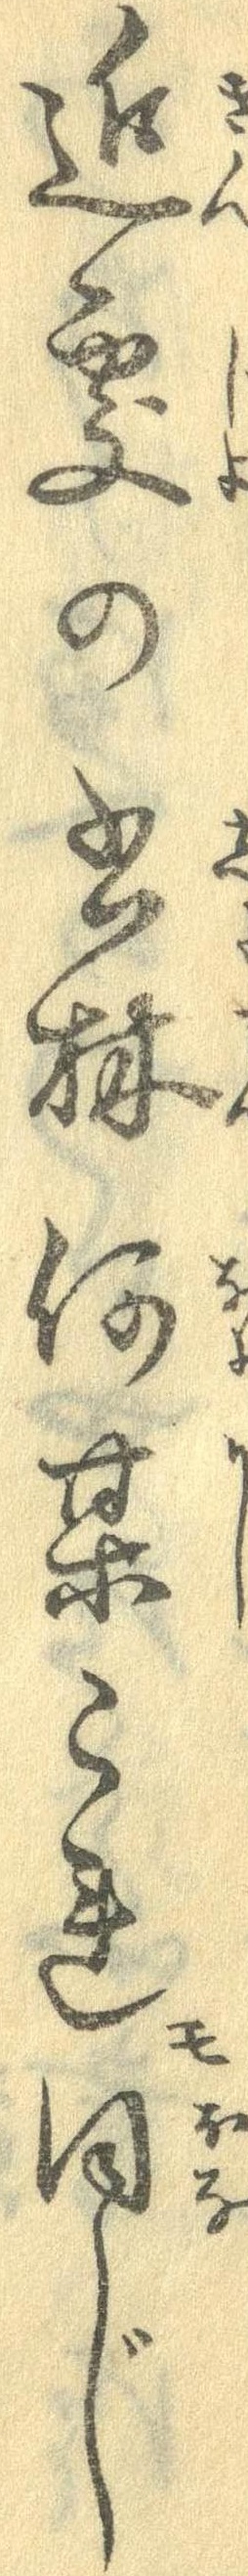
近処の書林何某これも同じ